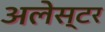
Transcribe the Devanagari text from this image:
अलेस्टर